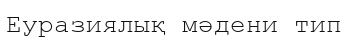
Еуразиялық мәдени тип